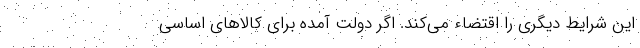
این شرایط دیگری را اقتضاء می‌کند. اگر دولت آمده برای کالاهای اساسی